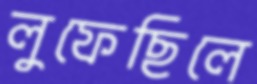
লুফেছিলে